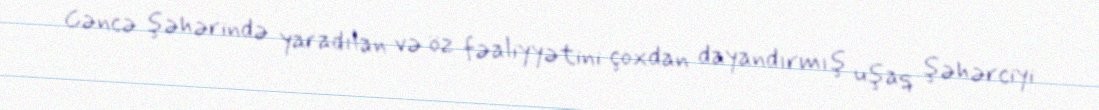
Gəncə şəhərində yaradılan və öz fəaliyyətini çoxdan dayandırmış uşaq şəhərciyi